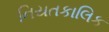
નિયતકાલિક